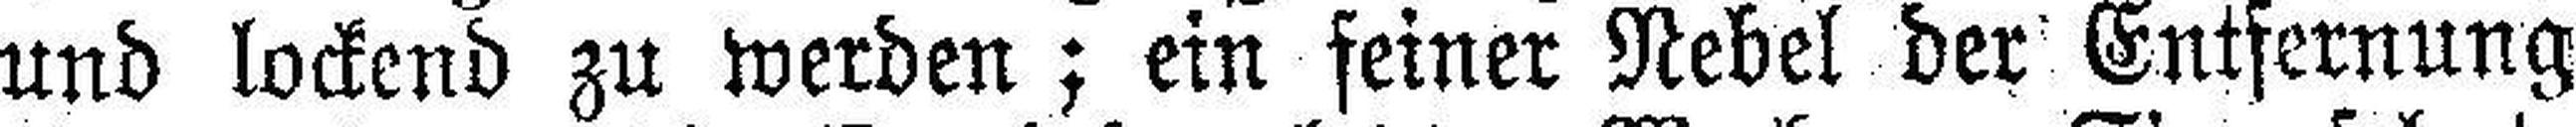
und lockend zu werden; ein feiner Nebel der Entfernung